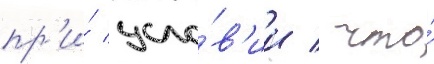
пр'и́ усло́в'ии / что́